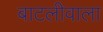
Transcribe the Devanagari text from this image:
बाटलीवाला